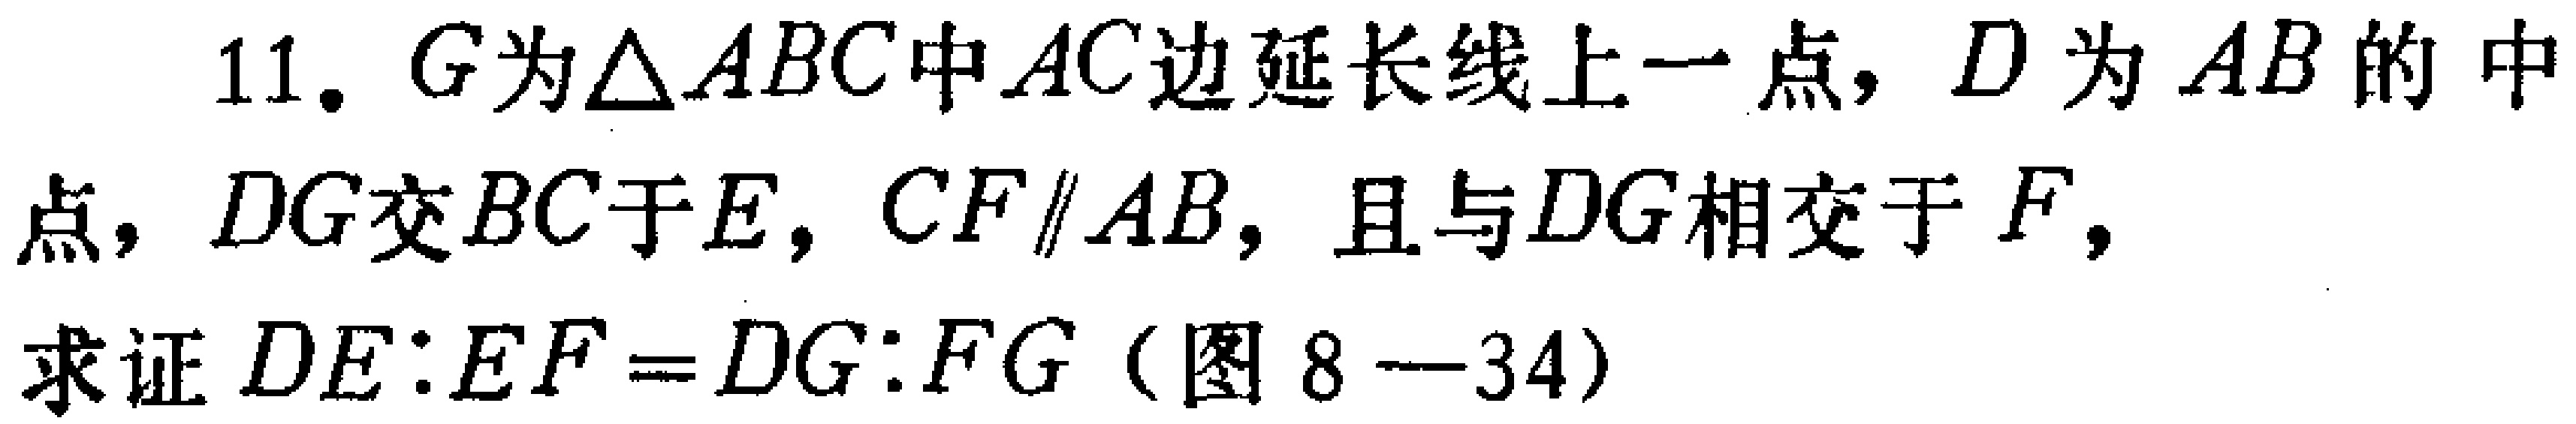
11. \(G\)为\(\triangle ABC\)中\(AC\)边延长线上一点，\(D\)为\(AB\)的中点，\(DG\)交\(BC\)于\(E\)，\(CF\parallel AB\)，且与\(DG\)相交于\(F\)，求证\(DE:EF = DG:FG\)（图8—34）